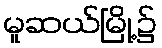
မူဆယ်မြို့၌